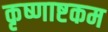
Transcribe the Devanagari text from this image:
कृष्णाष्टकम